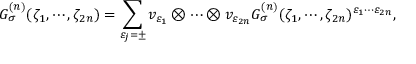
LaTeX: G _ { \sigma } ^ { ( n ) } ( \zeta _ { 1 } , \cdots , \zeta _ { 2 n } ) = \sum _ { \varepsilon _ { j } = \pm } v _ { \varepsilon _ { 1 } } \otimes \cdots \otimes v _ { \varepsilon _ { 2 n } } G _ { \sigma } ^ { ( n ) } ( \zeta _ { 1 } , \cdots , \zeta _ { 2 n } ) ^ { \varepsilon _ { 1 } \cdots \varepsilon _ { 2 n } } ,